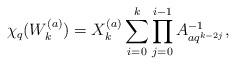
LaTeX: \begin{align*} \chi_q(W_{k}^{(a)})=X_{k}^{(a)} \sum_{i=0}^{k} \prod_{j=0}^{i-1} A_{aq^{k-2j}}^{-1},\end{align*}